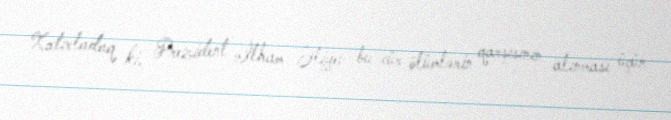
Xatırladaq ki, Prezident İlham Əliyev bu cür ölümlərin qarşısının alınması üçün